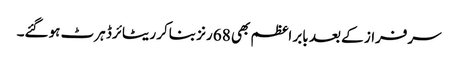
سرفراز کے بعد بابر اعظم بھی 68 رنز بناکر ریٹائرڈ ہرٹ ہوگئے۔